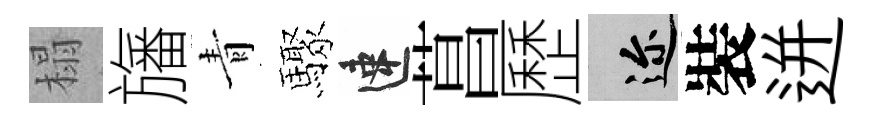
榻旛青驟速菖歷邇裝迸